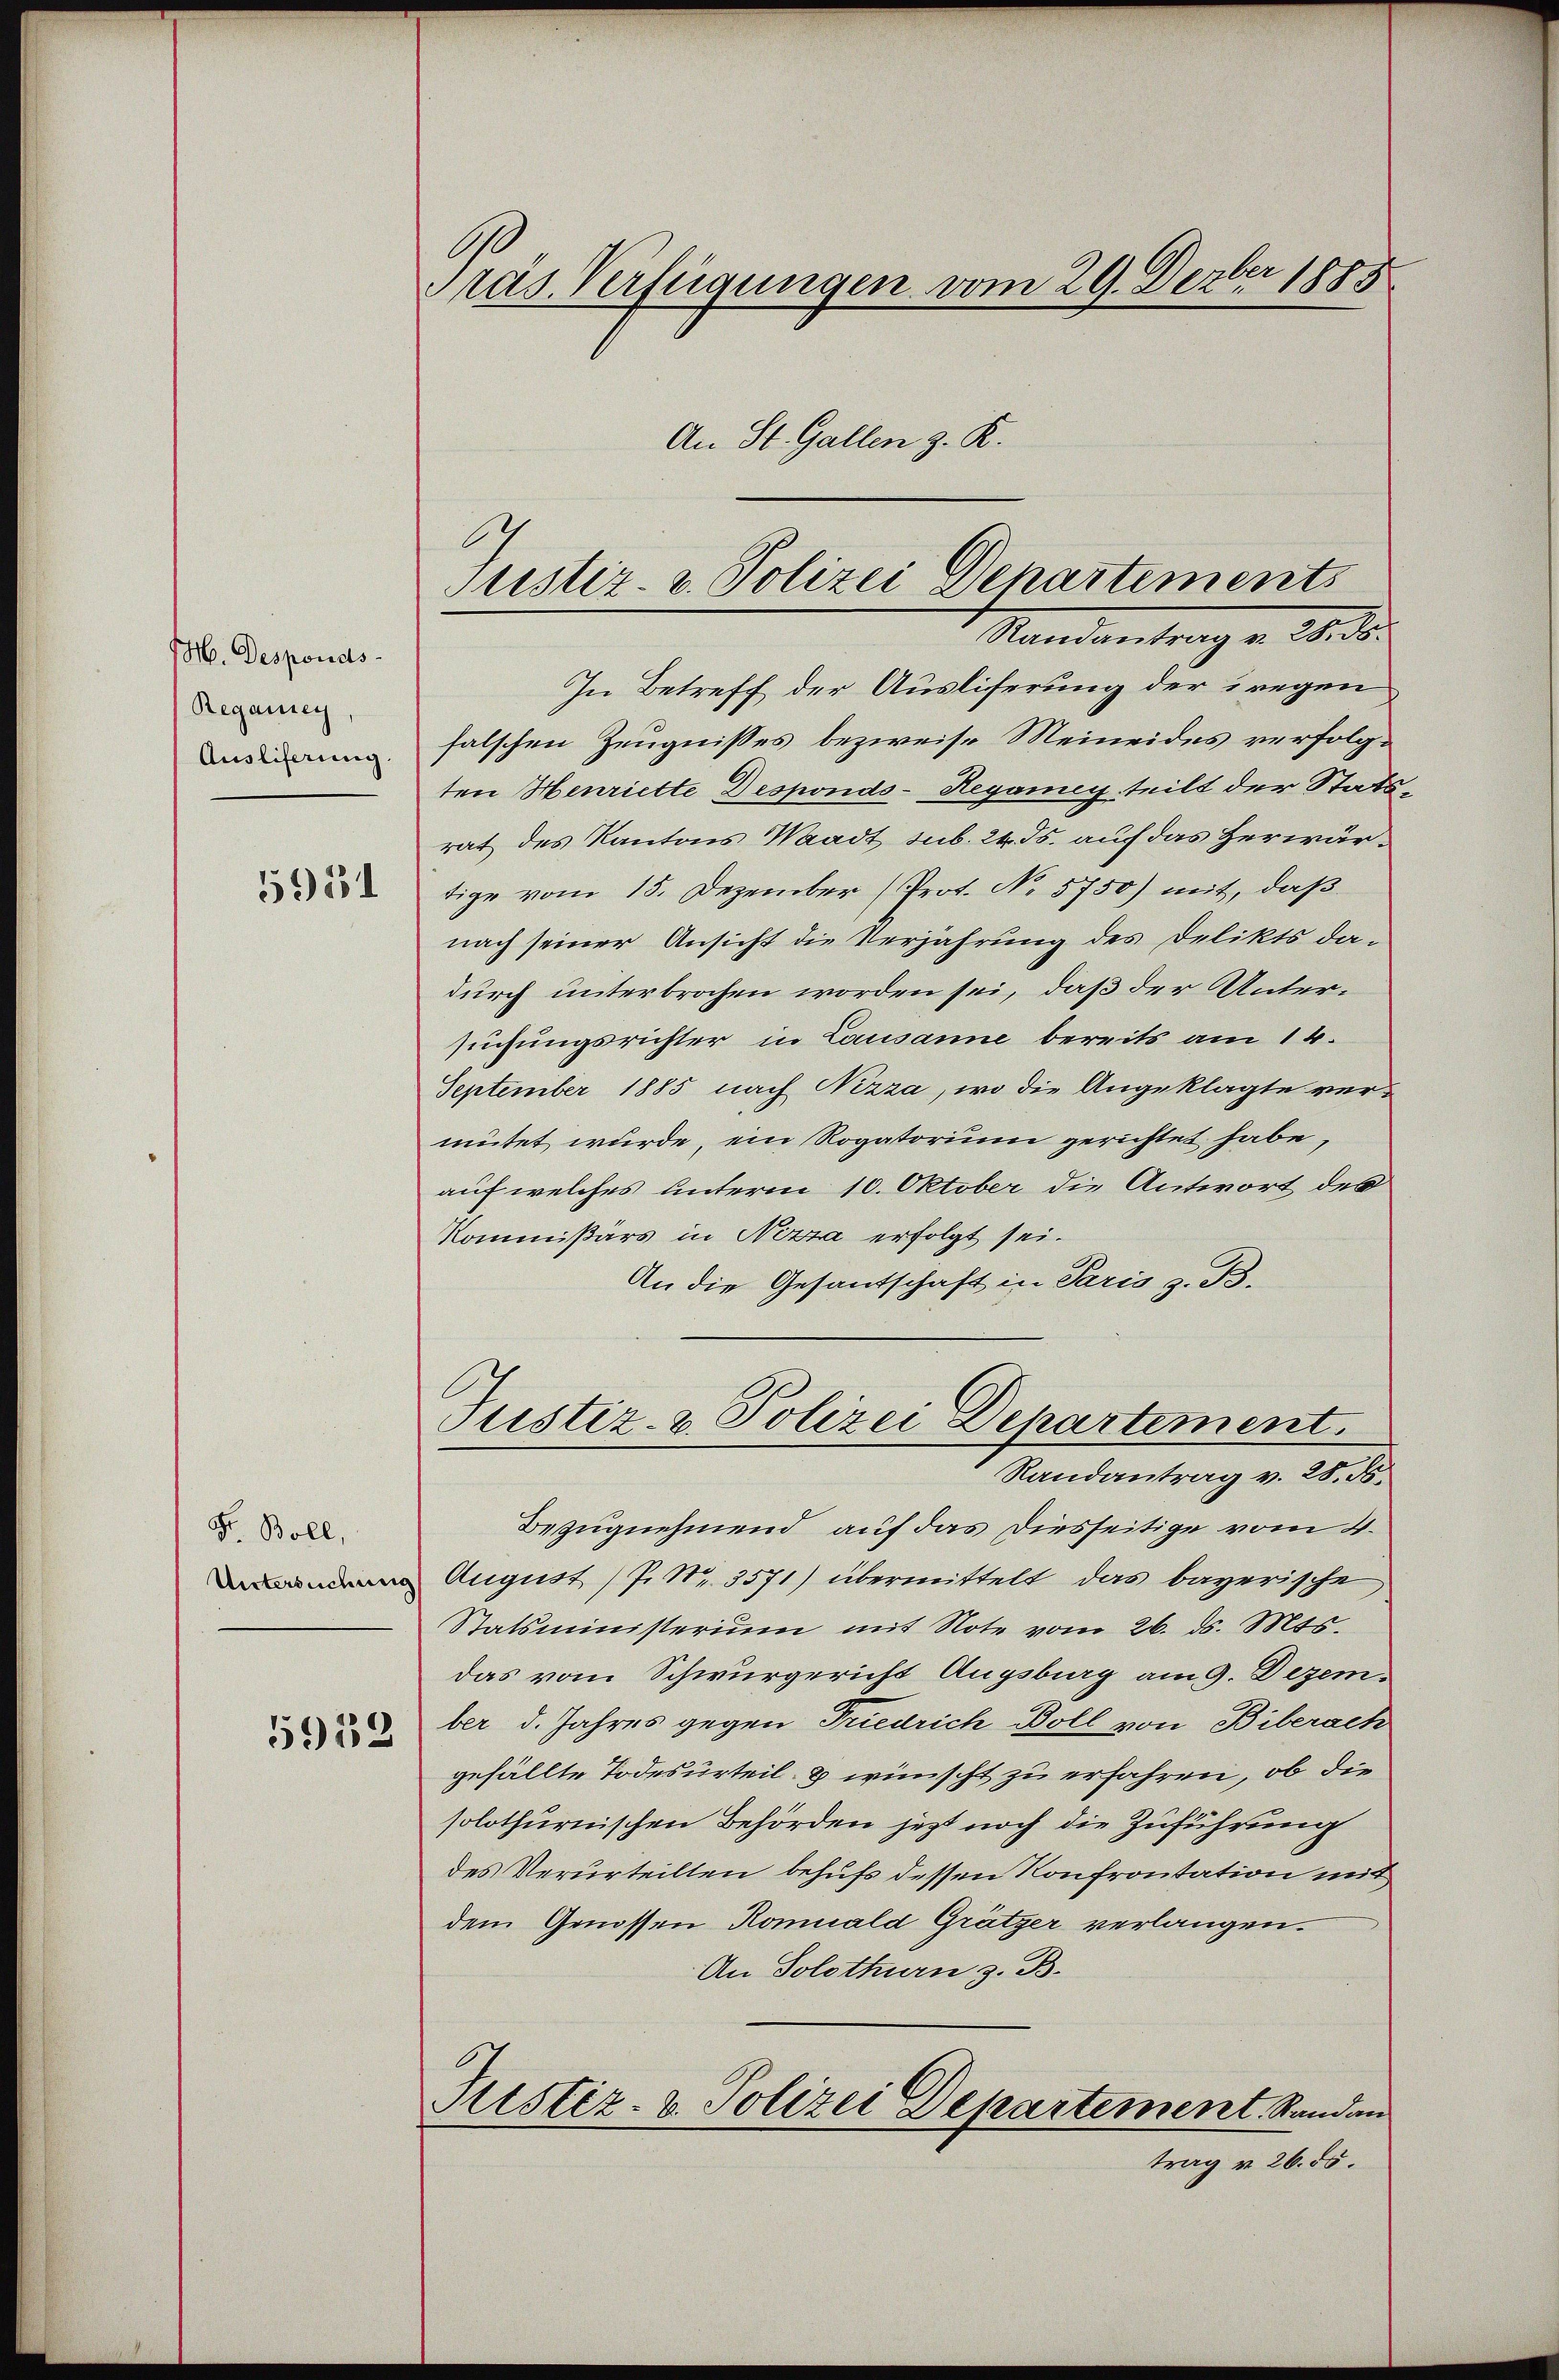
H. Desponds.
Reganney,
Ausliferung.

5951

Fr. Boll,
Untersuchung

5912

G
räs. Verfügungen vom 29. Derber 1885
An St. Gallen z. K.

Justiz v. Polizei Departements
Randantrag v. 28. ds.

In Betreff der Ausliferung der wegen
falschen Zeugnisses bezweife Meineides verfolgten Henriette Desponds-Regang teilt der Statsrat des Kantons Waadt sub. 24. ds. auf das Herwärtige vom 15. Dezember (Prot. No. 5750) mit, daß
nach seiner Ansicht die Verjährung des Delikts dadurch unterbrochen worden sei, daß der Untersuchungsrichter in Lausanne bereits am 14.
September 1885 nach Nizza, wo die Angeklagte vermütet wurde, ein Rogatorium gerichtet habe,
auf welches Unterm 10. Oktober die Antwort des
Kommißärs in Nizza erfolgt sei.
An die Gesantschaft in Paris z. B.
Justiz- & Polizei Departement.
Randantrag v. 28. ds.
Bezugnehmend auf das diesseitige vom 4.
August ( P. Nr. 3571) übermittelt das bayerische
Statsministerium mit Note vom 26. ds. Mts.
das vom Schwurgericht Augsburg am 9. Dezember d. Jahres gegen Friedrich Boll von Biberach
gefällte Todesurteil & wünscht zu erfahren, ob die
solothurnischen Behörden jetzt noch die Zuführung
des Verurteilten behufs dessen Konfrontation mit
dem Genossen Komuald Grätzer verlangen
An Solothurn z. B.
Fristiz- & Polizei Departement Stand au
trag v. 26. 55.